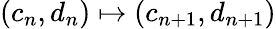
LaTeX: (c_{n},d_{n})\mapsto(c_{n+1},d_{n+1})